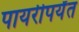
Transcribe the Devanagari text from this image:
पायरीपर्यंत